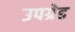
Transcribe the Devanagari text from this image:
उपग्रेड